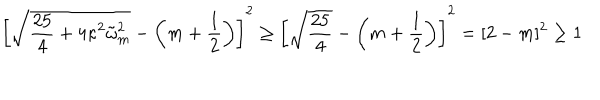
\left[ \sqrt { \frac { 2 5 } { 4 } + 4 \kappa ^ { 2 } \tilde { \omega } _ { m } ^ { 2 } } - \left( m + \frac 1 2 \right) \right] ^ { 2 } \ge \left[ \sqrt { \frac { 2 5 } { 4 } } - \left( m + \frac 1 2 \right) \right] ^ { 2 } = [ 2 - m ] ^ { 2 } \ge 1